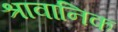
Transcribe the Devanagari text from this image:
श्रावानिक